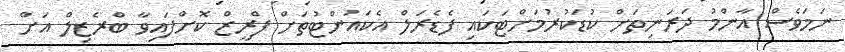
ނަމަވެސް އާންމު ދަރަނިތަށް ކުޑަކުރުމަށްޓަކައި ފެޑެރަލް އެކައުންޓުތަށް ފްރީޒް ކޮށްފައިވާ ބްރެޒިލް އަށް